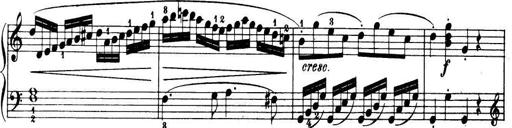
Title: 32 Sonatinas and Rondos for the Piano
Composer: Richard Kleinmichel